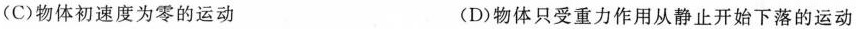
(C)物体初速度为零的运动 (D)物体只受重力作用从静止开始下落的运动